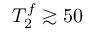
T _ { 2 } ^ { f } \gtrsim 5 0